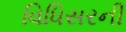
વિધિસરની